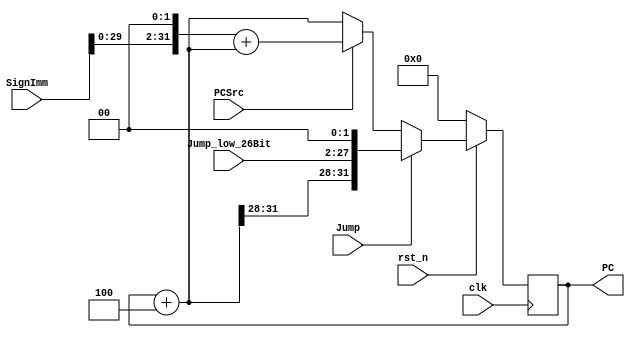
module PC_Counter(
    // System Clock
    input        clk,   // clock
    input        rst_n, // reset

    // User Interface
    input                   PCSrc,
    input                   Jump,
    input           [31:0]  SignImm,        // 32 bits
    input           [25:0]  Jump_low_26Bit, // 26 bits
    output   reg    [31:0]  PC              // 32 bits
);
    wire            [31:0] PC_Next;         // 32 bits
    wire            [31:0] PCPlus4;         // 32 bits
    wire            [31:0] PCBranch;        // 32 bits
    wire            [31:0] PCJump;          // 32 bits


    assign PCPlus4  = PC + 32'd4;                                   // This gets the Progam counter value + 4
    assign PCBranch = (SignImm << 2) + PCPlus4;                     // Value for branching (SignImm shift left once(?))
    assign PCJump   = {{PCPlus4[31:28]},{Jump_low_26Bit},2'b00};    // Value for jumping 
    assign PC_Next  = Jump ? PCJump : (PCSrc ? PCBranch : PCPlus4); // Getting the next Program counter value


    always @(posedge clk) begin // On positive edges
        if(~rst_n)begin
            PC <= 32'b0;    // Initialize with a 32-bit width of all 0s
        end
        else 
            PC <= PC_Next;  // Otherwise just get the next determined PC value
    end

endmodule